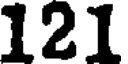
121